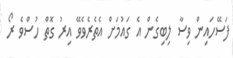
ފަސޭހައިން ވިސާ ލިބިގެން އެ ގައުމަށް އެތެރެވެވޭ އިރު ގޮތް ހުސްވެ ރޯ